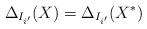
LaTeX: \begin{align*}\Delta_{I_{i'}}(X) = \Delta_{I_{i'}}(X^*)\end{align*}